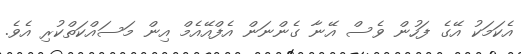
އެކަމަކު އޭގެ ފަހުން ވެސް އޭނާ ގެންނަން އެފްއޭއެމް އިން މަސައްކަތްކުރި އެވެ.